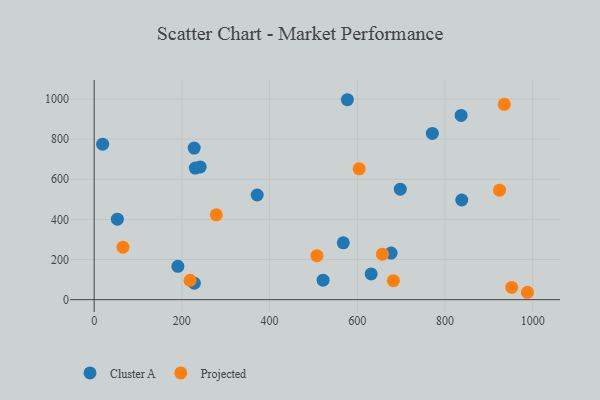
{"axis": {"x": "Study Hours", "y": "Yield"}, "legend": ["Cluster A", "Projected"], "data": [{"x": "568.0", "y": 283.5, "type": "Cluster A"}, {"x": "522.0", "y": 97.0, "type": "Cluster A"}, {"x": "836.7", "y": 918.1, "type": "Cluster A"}, {"x": "631.6", "y": 128.2, "type": "Cluster A"}, {"x": "230.6", "y": 656.0, "type": "Cluster A"}, {"x": "228.4", "y": 82.1, "type": "Cluster A"}, {"x": "698.0", "y": 550.7, "type": "Cluster A"}, {"x": "19.3", "y": 775.2, "type": "Cluster A"}, {"x": "190.9", "y": 166.1, "type": "Cluster A"}, {"x": "52.9", "y": 401.4, "type": "Cluster A"}, {"x": "577.4", "y": 996.6, "type": "Cluster A"}, {"x": "771.1", "y": 828.4, "type": "Cluster A"}, {"x": "838.2", "y": 496.7, "type": "Cluster A"}, {"x": "228.1", "y": 755.6, "type": "Cluster A"}, {"x": "677.1", "y": 232.1, "type": "Cluster A"}, {"x": "371.7", "y": 521.7, "type": "Cluster A"}, {"x": "241.8", "y": 661.5, "type": "Cluster A"}, {"x": "65.7", "y": 261.6, "type": "Projected"}, {"x": "278.5", "y": 422.8, "type": "Projected"}, {"x": "987.8", "y": 36.8, "type": "Projected"}, {"x": "218.7", "y": 96.5, "type": "Projected"}, {"x": "657.3", "y": 226.9, "type": "Projected"}, {"x": "935.2", "y": 973.6, "type": "Projected"}, {"x": "508.0", "y": 219.2, "type": "Projected"}, {"x": "682.3", "y": 94.4, "type": "Projected"}, {"x": "952.1", "y": 61.1, "type": "Projected"}, {"x": "604.2", "y": 652.3, "type": "Projected"}, {"x": "924.3", "y": 545.5, "type": "Projected"}]}